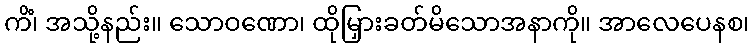
ကိံ၊ အသို့နည်း။ သောဝဏော၊ ထိုမြှားခတ်မိသောအနာကို။ အာလေပေနစ၊